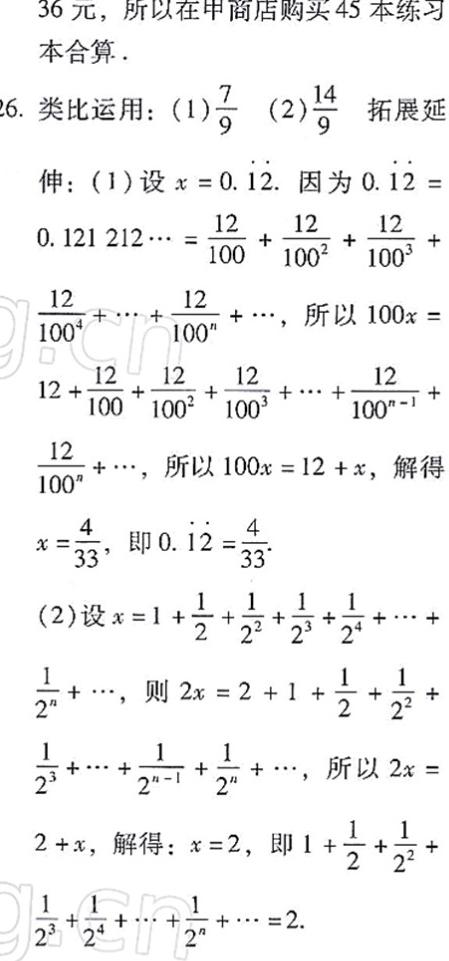
36 元，所以在甲商店购买 45 本练习本合算.
6. 类比运用：(1)$\frac{7}{9}$ (2)$\frac{14}{9}$ 拓展延伸：
(1)设$x = 0.\dot{1}\dot{2}$. 因为$0.\dot{1}\dot{2} = 0.121212\cdots=\frac{12}{100}+\frac{12}{100^{2}}+\frac{12}{100^{3}}+\frac{12}{100^{4}}+\cdots+\frac{12}{100^{n}}+\cdots$，所以$100x = 12+\frac{12}{100}+\frac{12}{100^{2}}+\frac{12}{100^{3}}+\cdots+\frac{12}{100^{n - 1}}+\frac{12}{100^{n}}+\cdots$，所以$100x = 12 + x$，解得$x=\frac{4}{33}$，即$0.\dot{1}\dot{2}=\frac{4}{33}$.
(2)设$x = 1+\frac{1}{2}+\frac{1}{2^{2}}+\frac{1}{2^{3}}+\frac{1}{2^{4}}+\cdots+\frac{1}{2^{n}}+\cdots$，则$2x = 2 + 1+\frac{1}{2}+\frac{1}{2^{2}}+\frac{1}{2^{3}}+\cdots+\frac{1}{2^{n - 1}}+\frac{1}{2^{n}}+\cdots$，所以$2x = 2 + x$，解得：$x = 2$，即$1+\frac{1}{2}+\frac{1}{2^{2}}+\frac{1}{2^{3}}+\frac{1}{2^{4}}+\cdots+\frac{1}{2^{n}}+\cdots=2$.